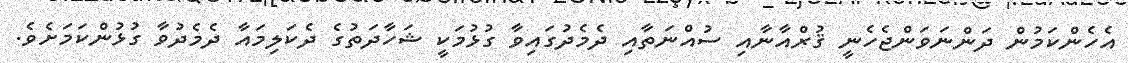
އެހެންކަމުން ދަންނަވަންޖެހެނީ ޤުރްއާނާއި ސުއްނަތާއި ދެމެދުގައިވާ ގުޅުމަކީ ޝަހާދަތުގެ ދެކަލިމައާ ދެމެދުވާ ގުޅުންކަމަށެވެ.